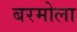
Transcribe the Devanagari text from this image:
बरमोला